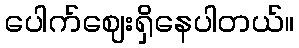
ပေါက်ဈေးရှိနေပါတယ်။